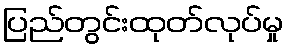
ပြည်တွင်းထုတ်လုပ်မှု